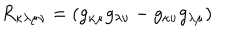
LaTeX: R _ { \kappa \lambda \mu \nu } = ( g _ { \kappa \mu } g _ { \lambda \nu } - g _ { \kappa \nu } g _ { \lambda \mu } )